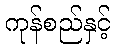
ကုန်စည်နှင့်